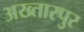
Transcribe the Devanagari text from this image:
अख्तारपुर